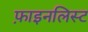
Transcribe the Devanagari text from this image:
फ़ाइनलिस्ट